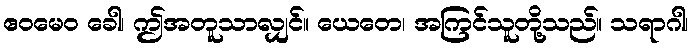
ဧဝမေဝ ခေါ၊ ဤအတူသာလျှင်။ ယေတေ၊ အကြင်သူတို့သည်။ သရာဂါ၊